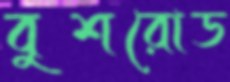
বুশরোড